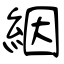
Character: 絪